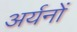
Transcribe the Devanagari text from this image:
अर्यनों